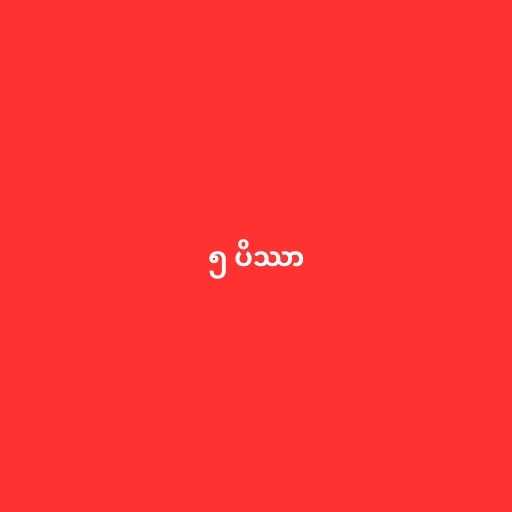
၅ ပိဿာ